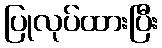
ပြုလုပ်ထားပြီး